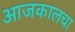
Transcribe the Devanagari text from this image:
आजकालचा